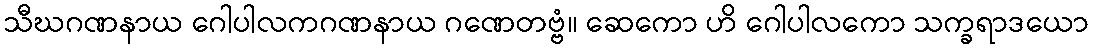
သီဃဂဏနာယ ဂေါပါလကဂဏနာယ ဂဏေတဗ္ဗံ။ ဆေကော ဟိ ဂေါပါလကော သက္ခရာဒယော